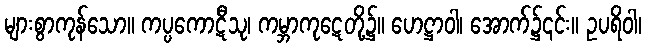
များစွာကုန်သော။ ကပ္ပကောဋီသု၊ ကမ္ဘာကုဋေတို့၌။ ဟေဋ္ဌာဝါ၊ အောက်၌၎င်း။ ဥပရိဝါ၊